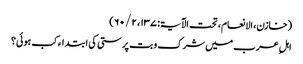
(خازن، الانعام، تحت الآیۃ: ۱۳۷، ۲ / ۶۰)
اہلِ عرب میں شرک و بت پرستی کی ابتداء کب ہوئی؟